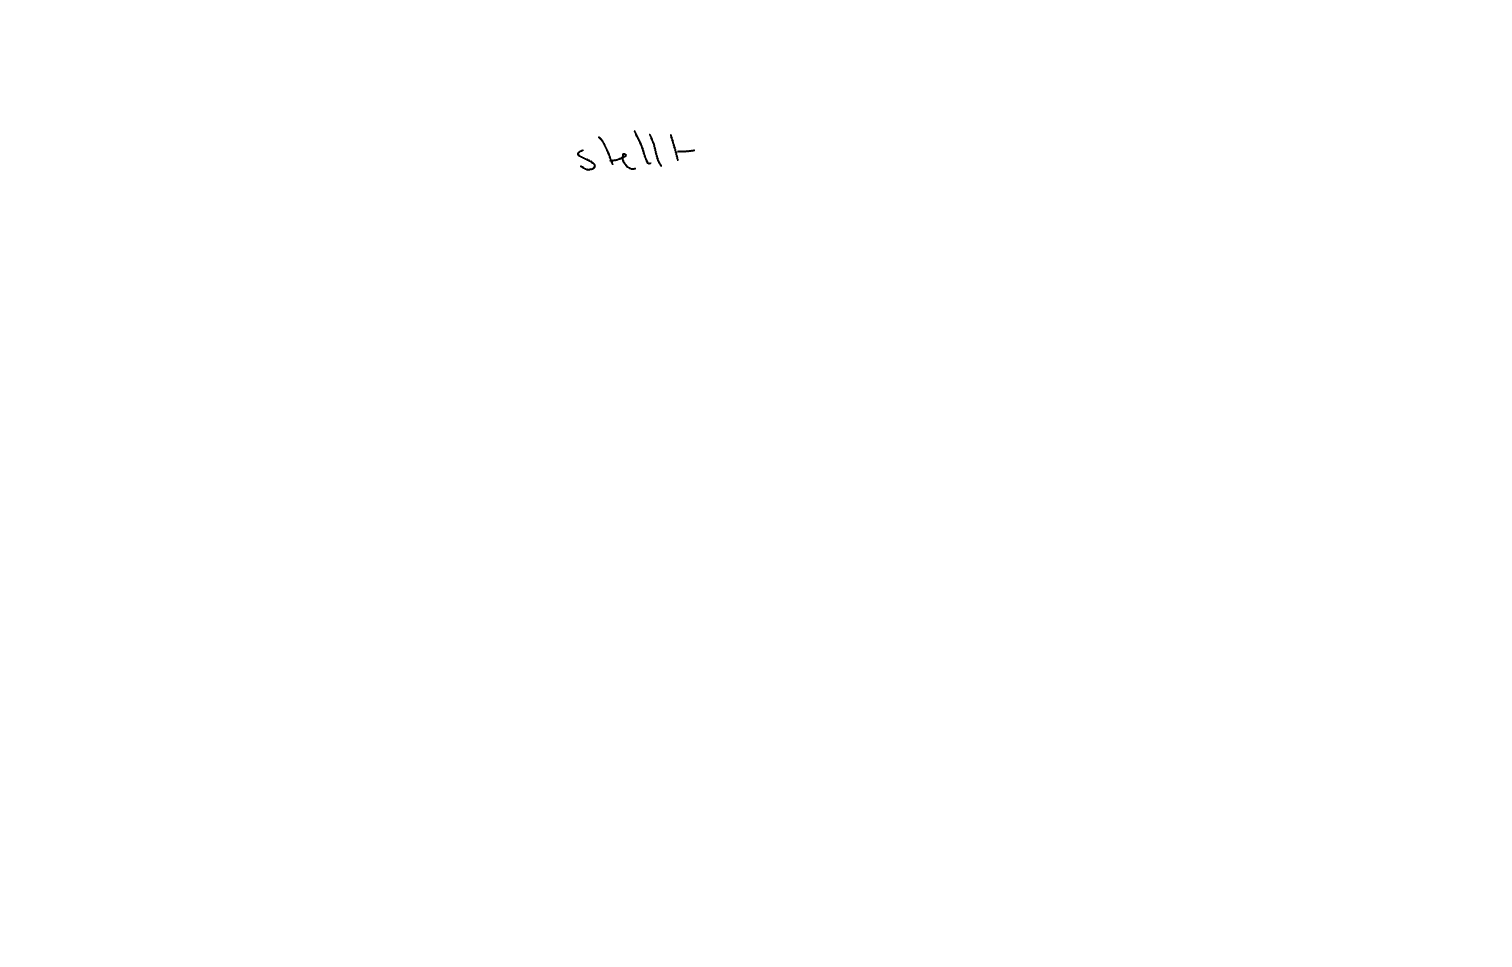
Text: stellt